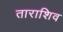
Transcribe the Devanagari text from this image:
ताराशिव